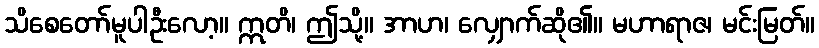
သိစေတော်မူပါဦးလော့။ ဣတိ၊ ဤသို့။ အာဟ၊ လျှောက်ဆို၏။ မဟာရာဇ၊ မင်းမြတ်။